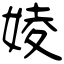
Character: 婈